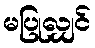
မပြုလျှင်